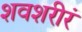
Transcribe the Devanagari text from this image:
शवशरीरं